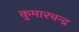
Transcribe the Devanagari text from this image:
कुमारचन्द्र